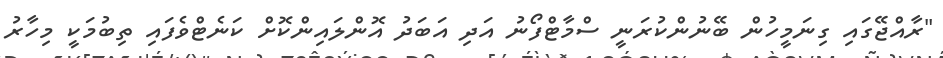
"ރާއްޖޭގައި ގިނަމީހުން ބޭނުންކުރަނީ ސްމާޓްފޯނު އަދި އަބަދު އޮންލައިންކޮށް ކަނެޓްވެފައި ތިބުމަކީ މިހާރު